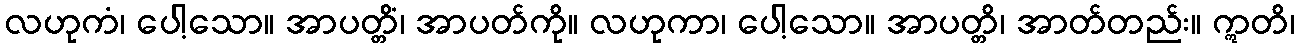
လဟုကံ၊ ပေါ့သော။ အာပတ္တိံ၊ အာပတ်ကို။ လဟုကာ၊ ပေါ့သော။ အာပတ္တိ၊ အာတ်တည်း။ ဣတိ၊